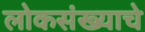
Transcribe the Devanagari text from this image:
लोकसंख्याचे